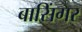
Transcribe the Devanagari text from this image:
बासिंगर